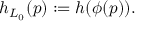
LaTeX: h _ { L _ { 0 } } ( p ) : = h ( \phi ( p ) ) .